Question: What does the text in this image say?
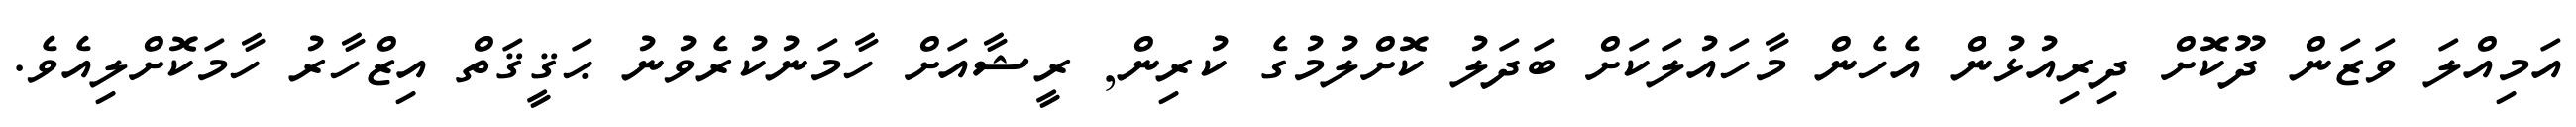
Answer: އަމިއްލަ ވަޒަން ދޫކޮށް ދިރިއުޅުން އެހެން މާހައުލަކަށް ބަދަލު ކޮށްލުމުގެ ކުރިން, ރީޝާއަށް ހާމަނުކުރެވުނު ޙަޤީޤަތް އިޒްހާރު ހާމަކޮށްލިއެވެ.